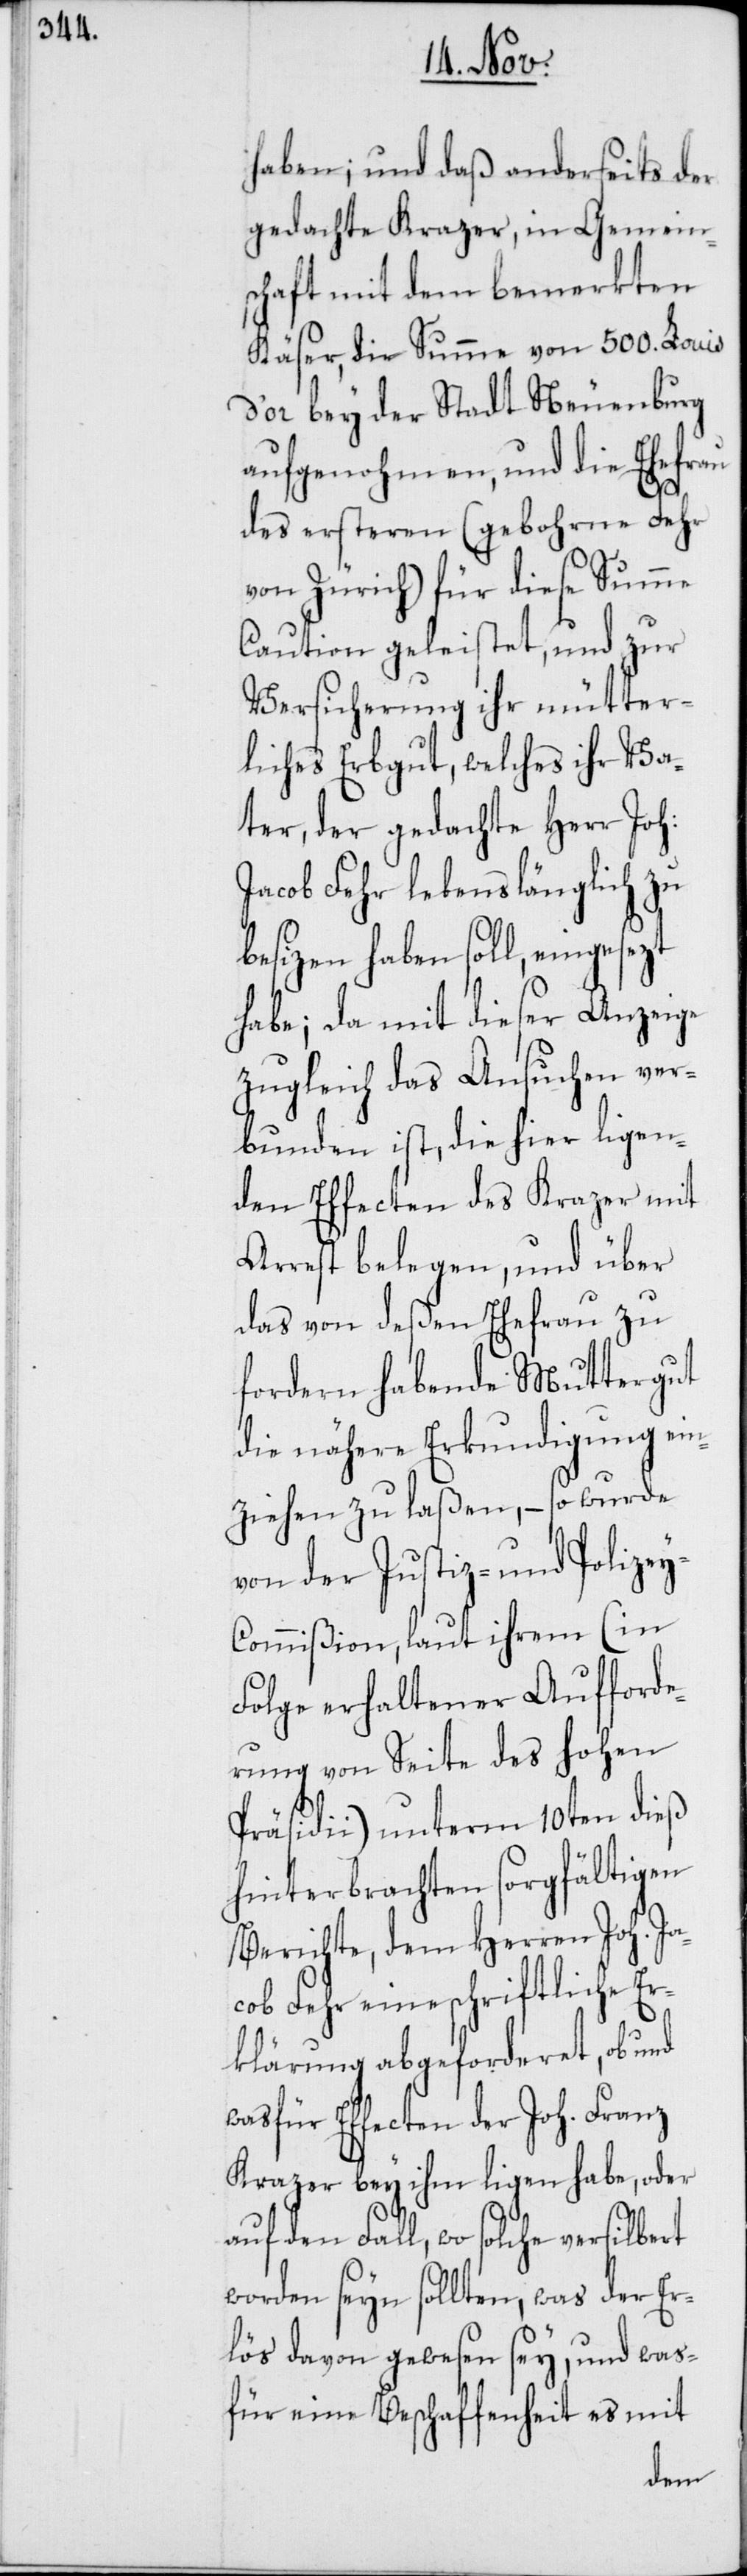
haben; und daß anderseits der
gedachte Krazer, in Gemein¬
schaft mit dem bemerkten
Käser, die Summe von 500. Louis
d’or bey der Stadt Neuenburg
aufgenohmen, und die Ehefrau
des ersteren (gebohrne Fehr
von Zürich) für diese Summe
Caution geleistet, und zur
Versicherung ihr mütter¬
liches Erbgut, welches ihr Va¬
ter, der gedachte Herr Joh.
Jacob Fehr lebenslänglich zu
besizen haben soll, eingesezt
habe; da mit dieser Anzeige
zugleich das Ansuchen ver¬
bunden ist, die hier ligen¬
den Effecten des Krazer mit
Arrest belegen, und über
das von deßen Ehefrau zu
fordern habende Muttergut
die nähere Erkundigung ein¬
ziehen zu laßen, – so wurde
von der Justiz- und Polize¬
y-Commißion, laut ihrem (in
Folge erhaltener Aufforde¬
rung von Seite des hohen
Präsidii) unterm 10ten dieß
hinterbrachten sorgfältigen
Berichte, dem Herren Joh. Ja¬
cob Fehr eine schriftliche Er¬
klärung abgeforderet, ob und
was für Effecten der Joh. Franz
Krazer bey ihm ligen habe, oder
auf den Fall, wo solche versilbert
worden seyn sollten, was der Er¬
lös davon gewesen sey, und was¬
für eine Beschaffenheit es mit